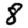
Digit: 8